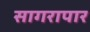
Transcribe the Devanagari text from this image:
सागरापार